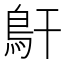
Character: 𩾝